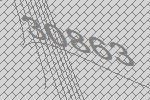
30863